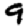
Digit: 9